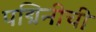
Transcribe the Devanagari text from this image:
पद्मिनीची